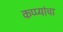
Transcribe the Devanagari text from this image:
कप्प्यांचा